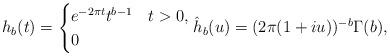
LaTeX: \begin{align*}h_b(t) = \begin{cases} e^{-2\pi t}t^{b-1} & t>0,\\ 0 & \\ \end{cases}\hat{h}_b(u) = (2\pi(1+iu))^{-b} \Gamma(b),\end{align*}